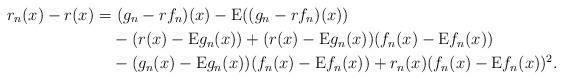
LaTeX: \begin{align*}r_n(x)-r(x)=&~(g_n-rf_n)(x)-\mathrm{E}((g_n-rf_n)(x))\\&- (r(x)-\mathrm{E}g_n(x)) + (r(x)-\mathrm{E}g_n(x))(f_n(x)-\mathrm{E}f_n(x))\\&-(g_n(x)-\mathrm{E}g_n(x))(f_n(x)-\mathrm{E}f_n(x))+r_n(x)(f_n(x)-\mathrm{E}f_n(x))^2.\end{align*}